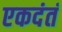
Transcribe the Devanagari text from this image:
एकदंतं